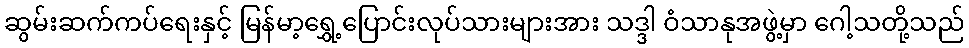
ဆွမ်းဆက်ကပ်ရေးနှင့် မြန်မာ့ရွှေ့ပြောင်းလုပ်သားများအား သဒ္ဒါ ဝံသာနုအဖွဲ့မှာ ဂေါ့သတို့သည်